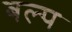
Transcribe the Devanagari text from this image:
बल्प